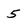
Character: 5